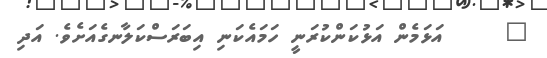
٥     އަޅަމެން އަޅުކަންކުރަނީ ހަމައެކަނި އިބަރަސްކަލާނގެއަށެވެ. އަދި